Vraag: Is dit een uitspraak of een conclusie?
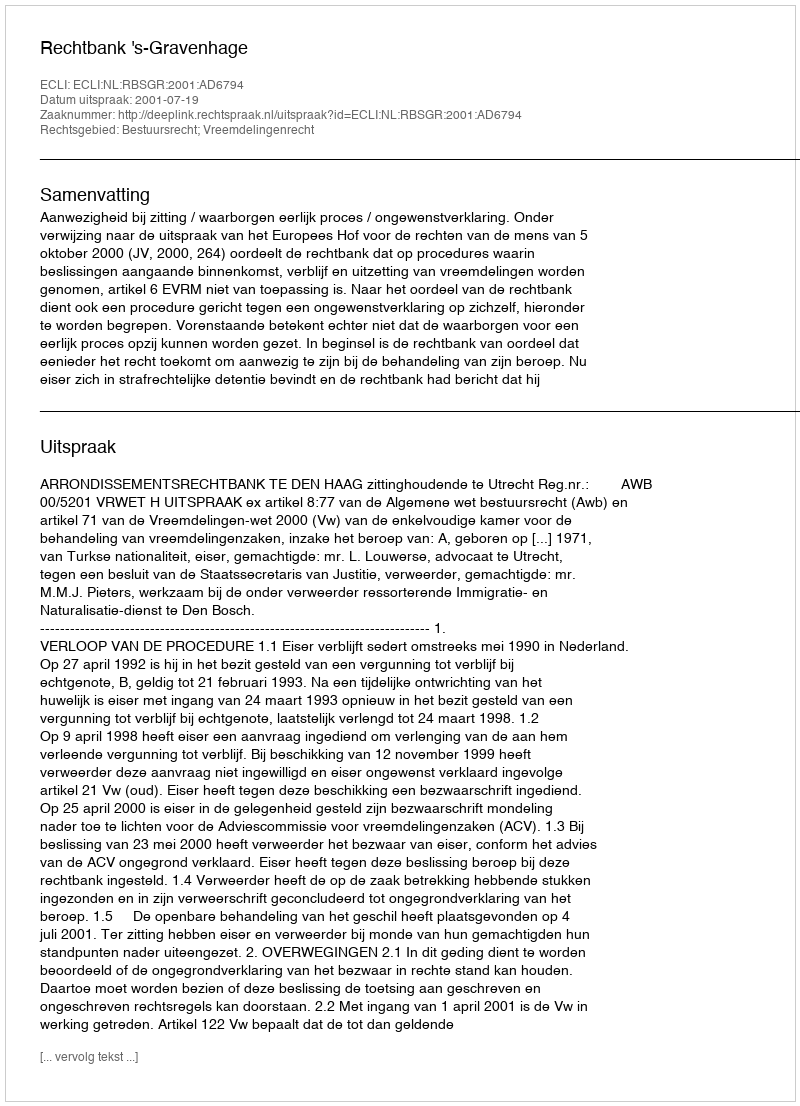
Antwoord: Uitspraak